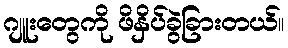
ဂျူးတွေကို ဖိနှိပ်ခွဲခြားတယ်။